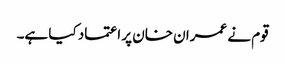
قوم نے عمران خان پر اعتماد کیا ہے۔